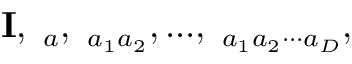
{ \bf I } , { \bf \Gamma } _ { a } , { \bf \Gamma } _ { a _ { 1 } a _ { 2 } } , . . . , { \bf \Gamma } _ { a _ { 1 } a _ { 2 } \cdot \cdot \cdot a _ { D } } ,